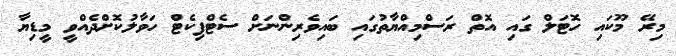
މިރޭ މޫކައި ހޮޓަލް ގައި އޮތް ރަސްމިއްޔާތުގައި ބައިވެރިންނަށް ސެޓްފިކެޓް ހަވާލުކޮށްދެއްވީ މީޑިޔާ